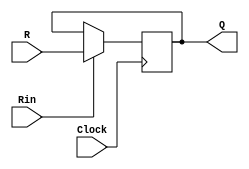
module regnIR(R, Rin, Clock, Q);
	input [9:0] R;
	input Rin, Clock;
	output [9:0] Q;
	reg [9:0] Q;
	always @(posedge Clock)
		if (Rin)
			Q <= R;
endmodule